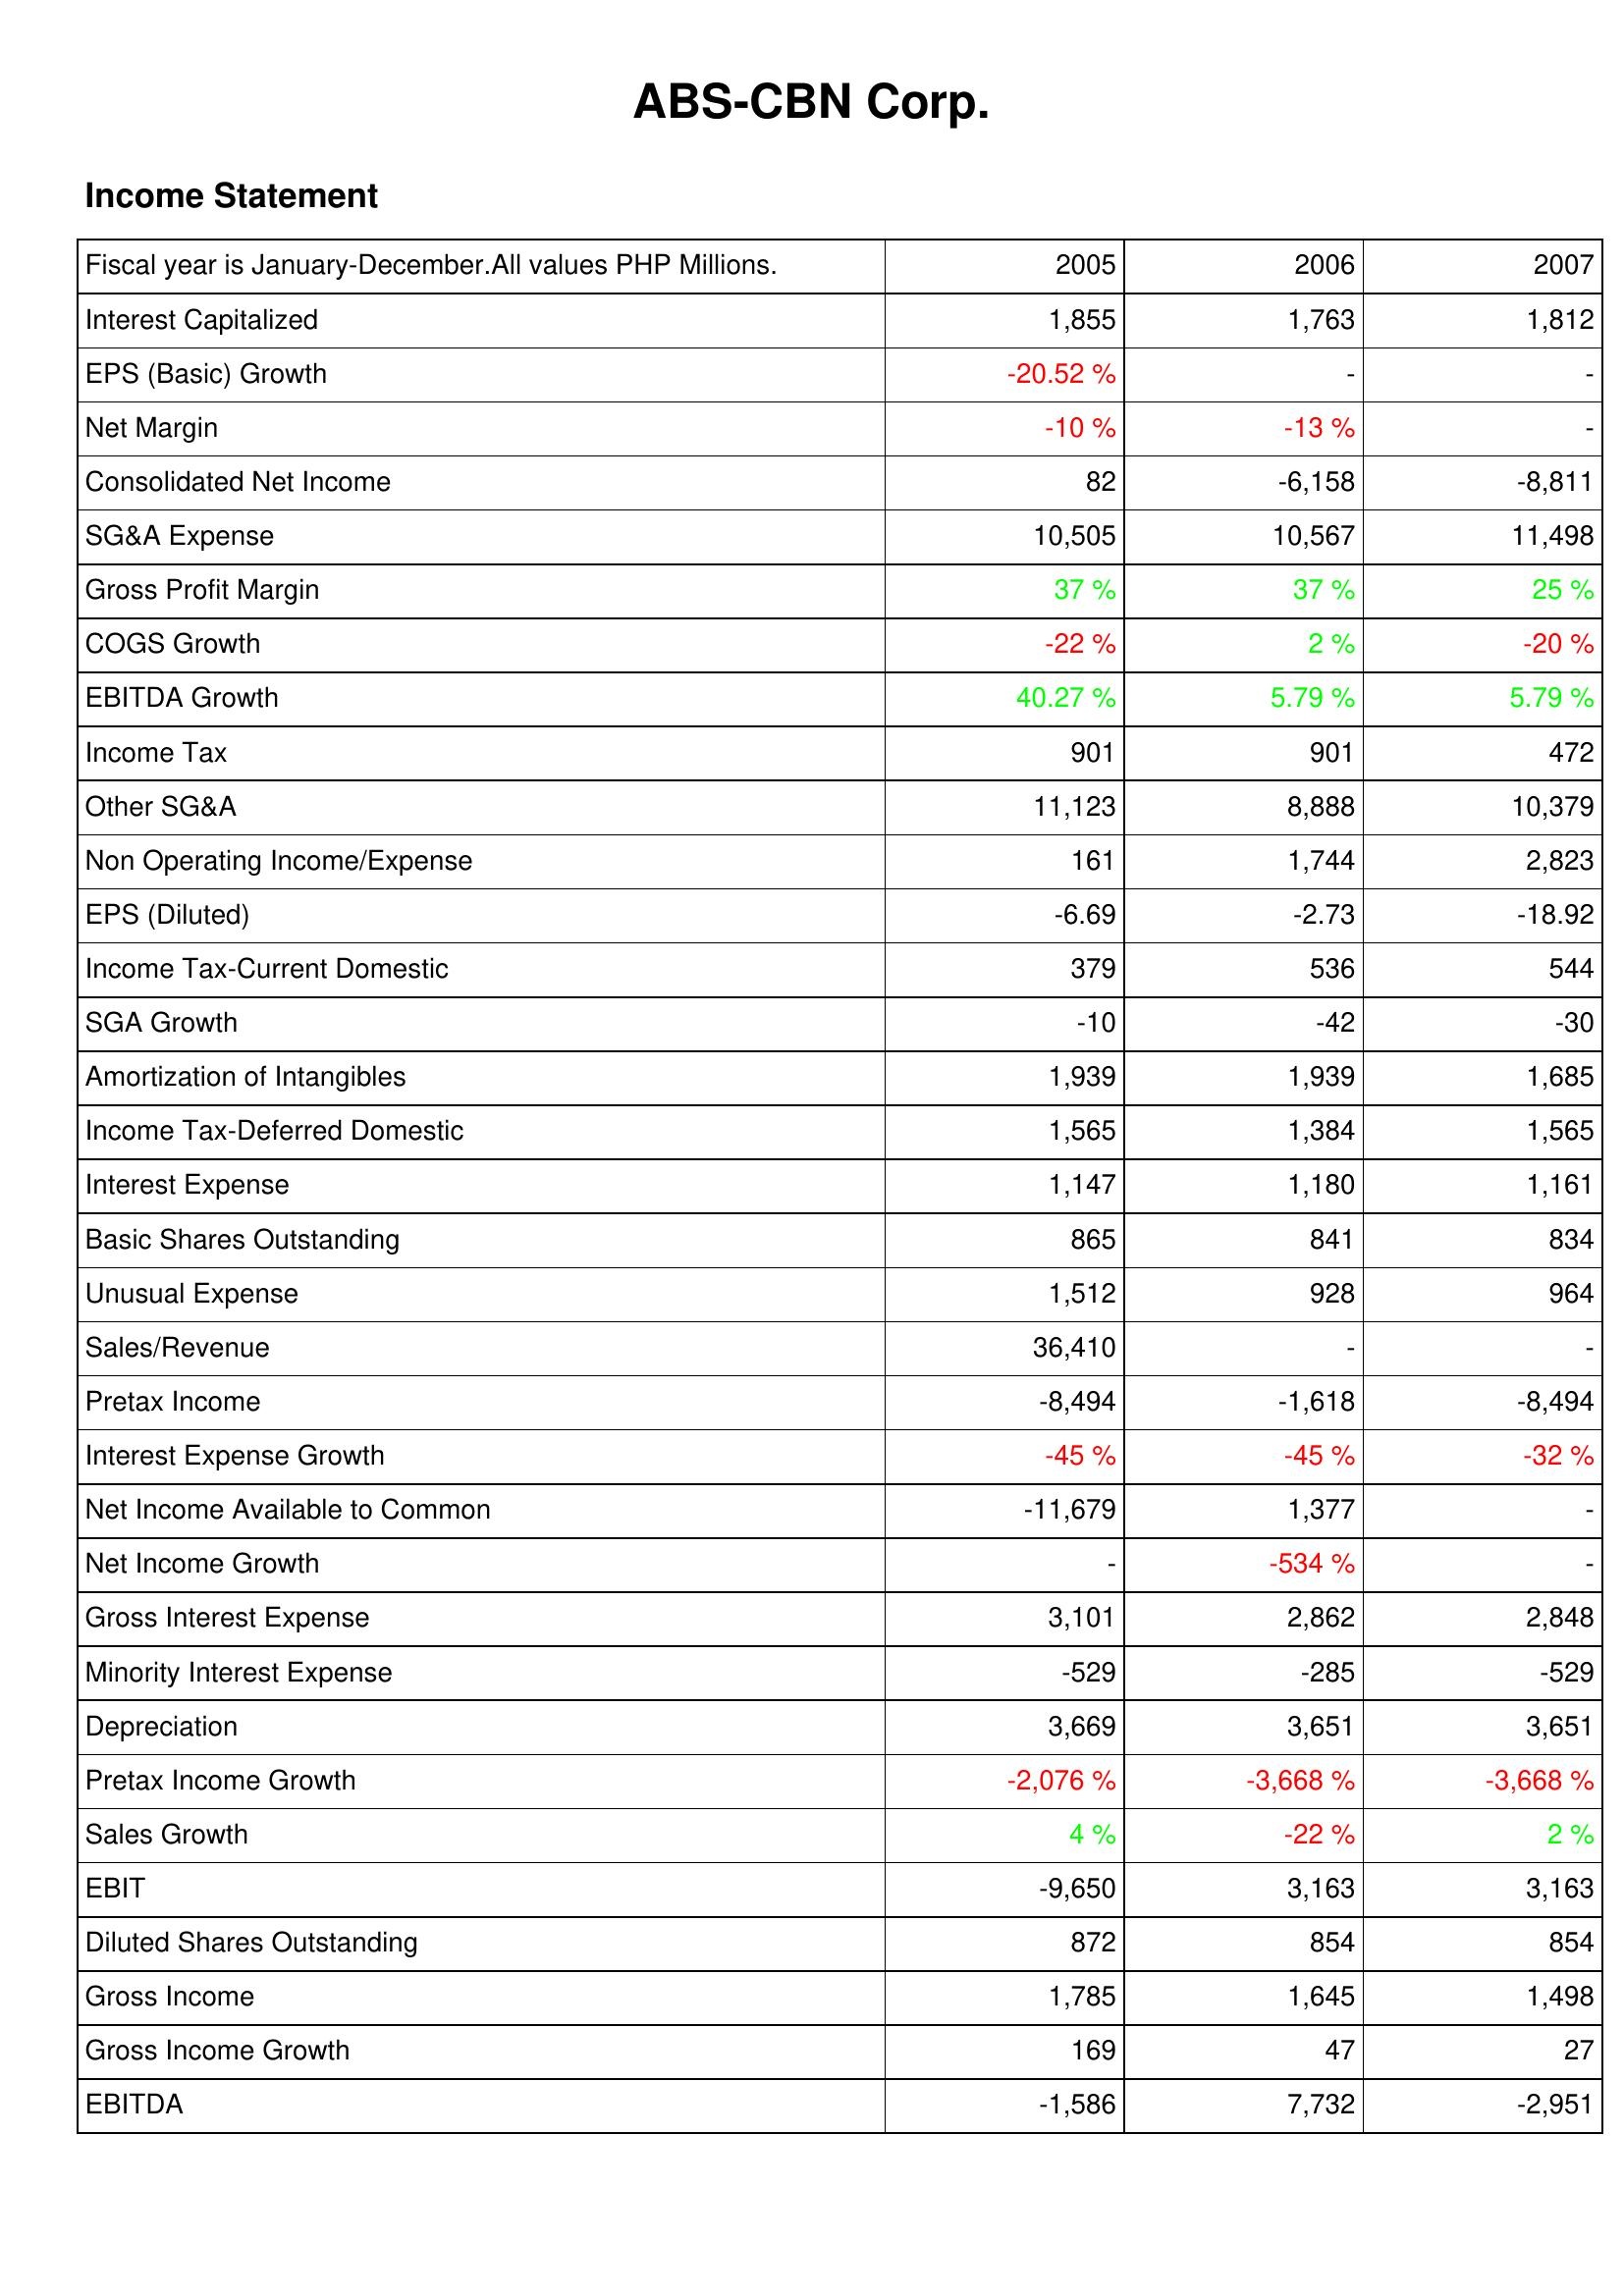
2005: Income Statement: Interest Capitalized: 1,855
EPS (Basic) Growth: -20.52 %
Net Margin: -10 %
Consolidated Net Income: 82
SG&A Expense: 10,505
Gross Profit Margin: 37 %
COGS Growth: -22 %
EBITDA Growth: 40.27 %
Income Tax: 901
Other SG&A: 11,123
Non Operating Income/Expense: 161
EPS (Diluted): -6.69
Income Tax-Current Domestic: 379
SGA Growth: -10
Amortization of Intangibles: 1,939
Income Tax-Deferred Domestic: 1,565
Interest Expense: 1,147
Basic Shares Outstanding: 865
Unusual Expense: 1,512
Sales/Revenue: 36,410
Pretax Income: -8,494
Interest Expense Growth: -45 %
Net Income Available to Common: -11,679
Net Income Growth: -
Gross Interest Expense: 3,101
Minority Interest Expense: -529
Depreciation: 3,669
Pretax Income Growth: -2,076 %
Sales Growth: 4 %
EBIT: -9,650
Diluted Shares Outstanding: 872
Gross Income: 1,785
Gross Income Growth: 169
EBITDA: -1,586
2006: Income Statement: Interest Capitalized: 1,763
EPS (Basic) Growth: -
Net Margin: -13 %
Consolidated Net Income: -6,158
SG&A Expense: 10,567
Gross Profit Margin: 37 %
COGS Growth: 2 %
EBITDA Growth: 5.79 %
Income Tax: 901
Other SG&A: 8,888
Non Operating Income/Expense: 1,744
EPS (Diluted): -2.73
Income Tax-Current Domestic: 536
SGA Growth: -42
Amortization of Intangibles: 1,939
Income Tax-Deferred Domestic: 1,384
Interest Expense: 1,180
Basic Shares Outstanding: 841
Unusual Expense: 928
Sales/Revenue: -
Pretax Income: -1,618
Interest Expense Growth: -45 %
Net Income Available to Common: 1,377
Net Income Growth: -534 %
Gross Interest Expense: 2,862
Minority Interest Expense: -285
Depreciation: 3,651
Pretax Income Growth: -3,668 %
Sales Growth: -22 %
EBIT: 3,163
Diluted Shares Outstanding: 854
Gross Income: 1,645
Gross Income Growth: 47
EBITDA: 7,732
2007: Income Statement: Interest Capitalized: 1,812
EPS (Basic) Growth: -
Net Margin: -
Consolidated Net Income: -8,811
SG&A Expense: 11,498
Gross Profit Margin: 25 %
COGS Growth: -20 %
EBITDA Growth: 5.79 %
Income Tax: 472
Other SG&A: 10,379
Non Operating Income/Expense: 2,823
EPS (Diluted): -18.92
Income Tax-Current Domestic: 544
SGA Growth: -30
Amortization of Intangibles: 1,685
Income Tax-Deferred Domestic: 1,565
Interest Expense: 1,161
Basic Shares Outstanding: 834
Unusual Expense: 964
Sales/Revenue: -
Pretax Income: -8,494
Interest Expense Growth: -32 %
Net Income Available to Common: -
Net Income Growth: -
Gross Interest Expense: 2,848
Minority Interest Expense: -529
Depreciation: 3,651
Pretax Income Growth: -3,668 %
Sales Growth: 2 %
EBIT: 3,163
Diluted Shares Outstanding: 854
Gross Income: 1,498
Gross Income Growth: 27
EBITDA: -2,951